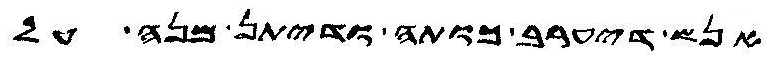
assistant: אנש דיערב כותה ודיתן מנה על